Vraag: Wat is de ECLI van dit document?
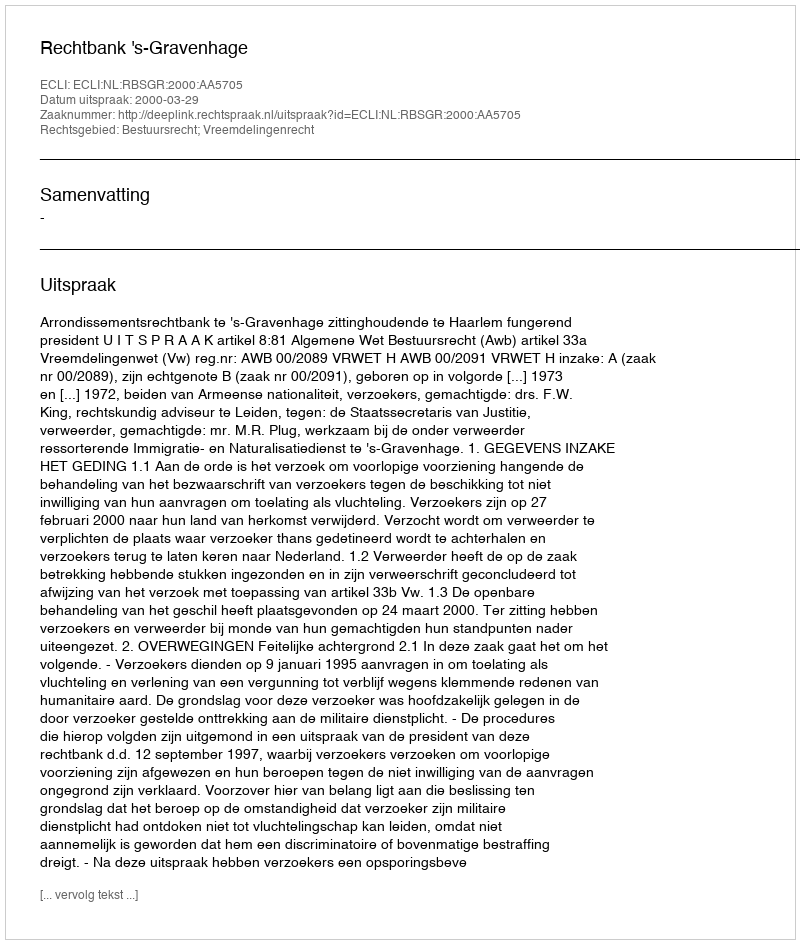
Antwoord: ECLI:NL:RBSGR:2000:AA5705